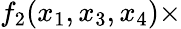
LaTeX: f_{2}(x_{1},x_{3},x_{4})\times